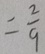
= \frac { 2 } { 9 }